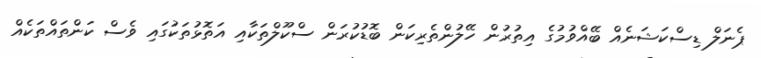
ޕެނަލް ޑިސްކަޝަނެއް ބޭއްވުމުގެ އިތުރުން ހޭލުންތެރިކަން ބޮޑުކުރަން ސްކޫލްތަކާއި އަތޮޅުތަކުގައި ވެސް ކަންތައްތަކެއް